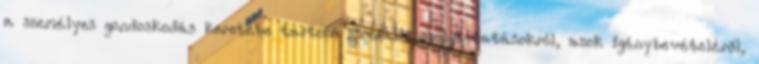
a személyes gondoskodás keretébe tartozó szociális szolgáltatásokról, azok igénybevételéről,